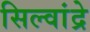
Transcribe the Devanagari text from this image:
सिल्वांद्रे